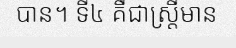
បាន។ ទី៤ គឺជាស្ត្រីមាន